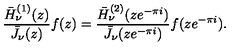
\frac { \bar { H } _ { \nu } ^ { ( 1 ) } ( z ) } { \bar { J } _ { \nu } ( z ) } f ( z ) = \frac { \bar { H } _ { \nu } ^ { ( 2 ) } ( z e ^ { - \pi i } ) } { \bar { J } _ { \nu } ( z e ^ { - \pi i } ) } f ( z e ^ { - \pi i } ) .